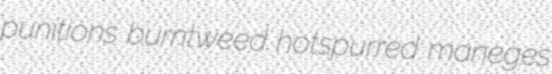
punitions burntweed hotspurred maneges